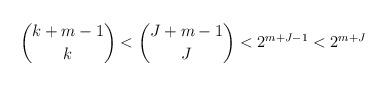
LaTeX: \begin{align*} \binom{k+m-1}{k} < \binom{J+m -1}{J} < 2^{m+J-1} < 2^{m+J} \end{align*}